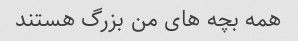
همه بچه های من بزرگ هستند